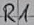
Text: R1